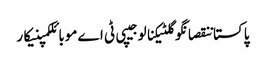
پاکستاننقصانگوگلٹیکنالوجیپی ٹی اےموبائلکمپنیکار